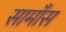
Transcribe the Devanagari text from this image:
सामाँस